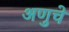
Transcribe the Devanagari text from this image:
अणुचे